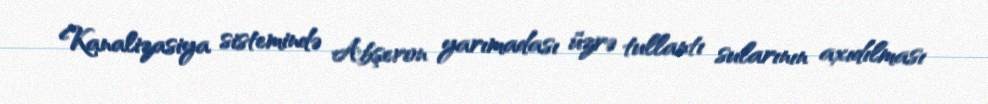
Kanalizasiya sistemində Abşeron yarımadası üzrə tullantı sularının axıdılması